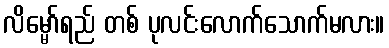
လိမ္မော်ရည် တစ် ပုလင်းလောက်သောက်မလား။